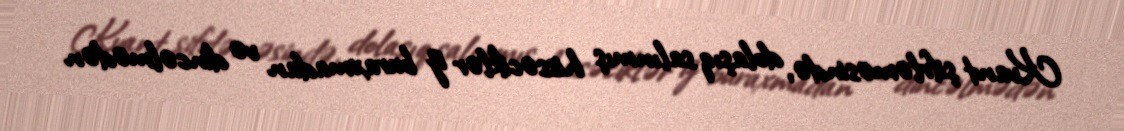
Kvant şifrləməsində, dolaşıq salınmış hissəciklər iz buraxmadan və dincəlmədən